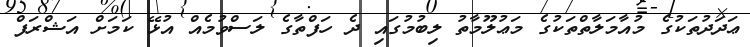
ޢަދަދުތަކުގެ މުއާމަލާތްތަކުގެ މަޢުލޫމާތު ލިބުމުގައި ދެ ހަފްތާގެ ލަސްވުމެއް އުޅޭ ކަމަށް އަޝްރަފް